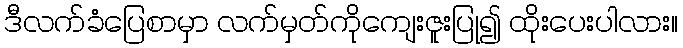
ဒီလက်ခံပြေစာမှာ လက်မှတ်ကိုကျေးဇူးပြု၍ ထိုးပေးပါလား။